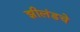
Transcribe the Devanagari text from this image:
झीलंडचे